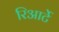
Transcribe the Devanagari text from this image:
रिआर्टे